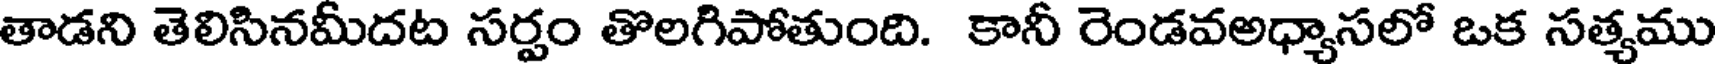
తాడని తెలిసినమీదట సర్పం తొలగిపోతుంది. కానీ రెండవఅధ్యాసలో ఒక సత్యము